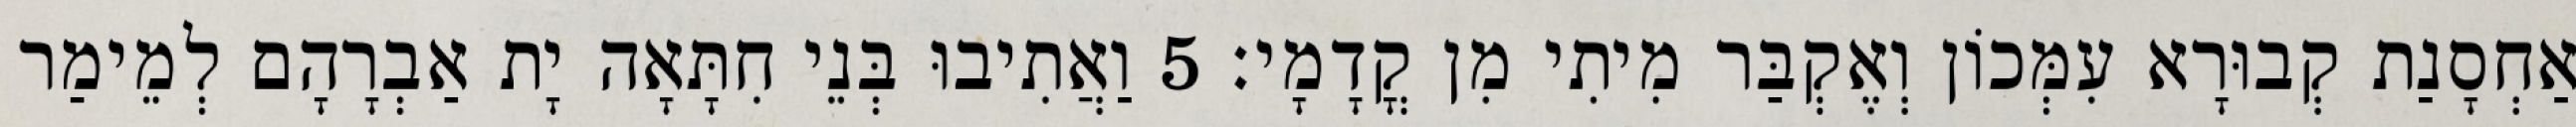
אַחְסָנַת קְבוּרָא עִמְּכוֹן וְאֶקְבַּר מִיתִי מִן קֳדָמָי׃ 5 וַאֲתִיבוּ בְּנֵי חִתָּאָה יָת אַבְרָהָם לְמֵימַר